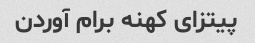
پیتزای کهنه برام آوردن